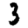
Digit: 3